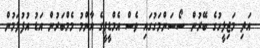
އަދި މަޖިލީހުގެ ބޭރުން ސޯސަންމަގުގައި ވެސް އެމްޑީޕީގެ އާންމު މެމްބަރުން އަޑު އުފުލަމުން